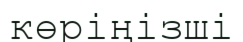
көріңізші